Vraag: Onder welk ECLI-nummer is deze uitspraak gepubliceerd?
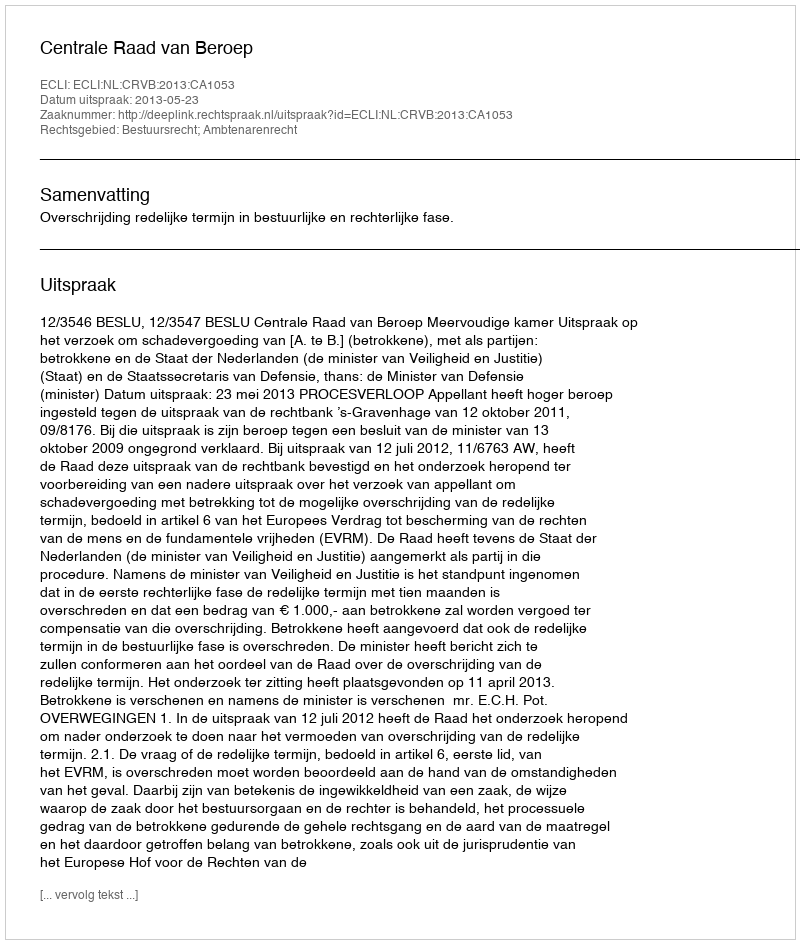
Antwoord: ECLI:NL:CRVB:2013:CA1053